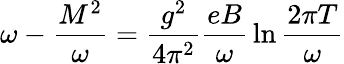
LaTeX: \omega-{\frac{M^{2}}{\omega}}={\frac{g^{2}}{4\pi^{2}}}{\frac{eB}{\omega}}\ln{\frac{2\pi T}{\omega}}